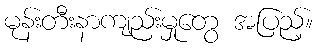
မုန်းတီးနာကျည်းမှုတွေ အပြည့်။